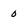
Character: 0